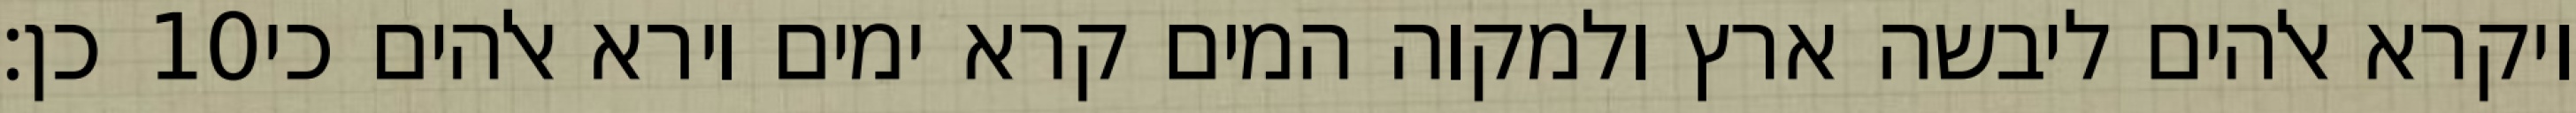
כן׃ ‎10‏ ויקרא אלהים ליבשה ארץ ולמקוה המים קרא ימים וירא אלהים כי